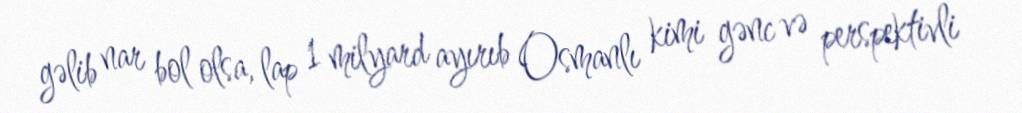
gəlib nar bol olsa, lap 1 milyard ayırıb Osmanlı kimi gənc və perspektivli